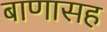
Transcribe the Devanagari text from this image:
बाणासह